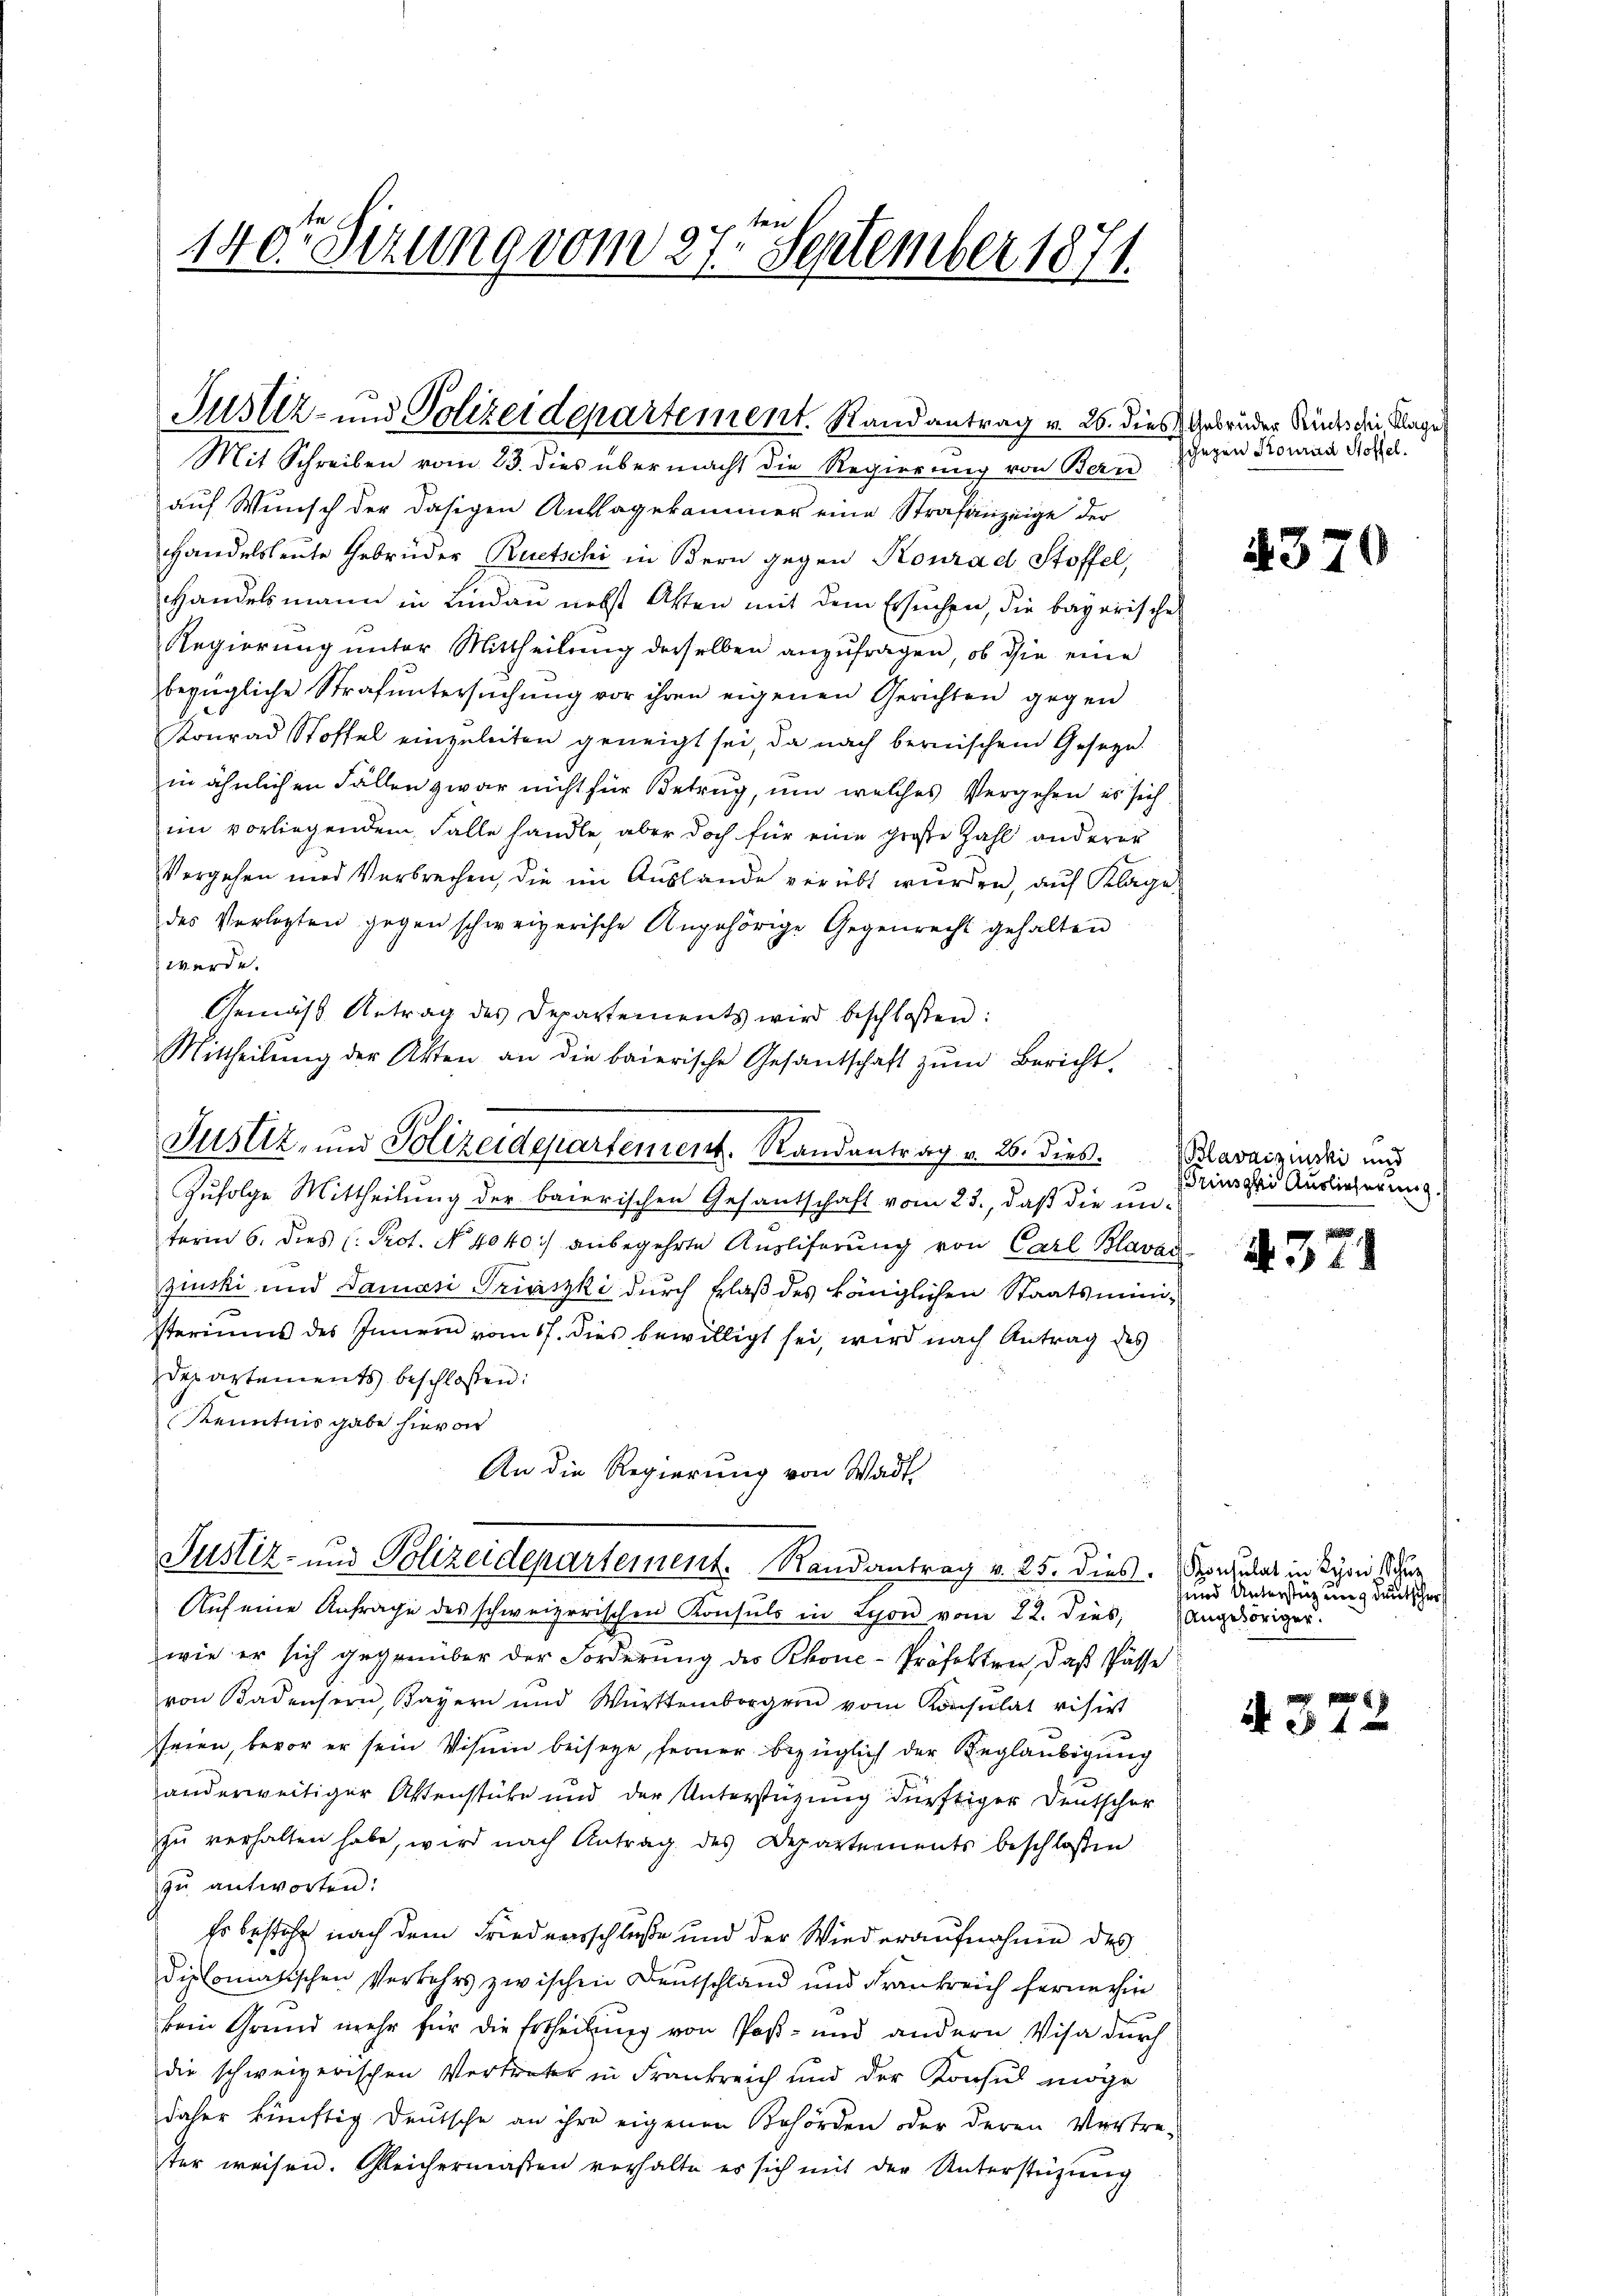
140te Sitzung vom 27ten September 1871.

Justiz- und Polizeidepartement. Randantrag v. 26. dies Gebrüder Rücks der Klage
Mit Schreiben vom 23. dies übermacht die Regierung von Bern

auf Wunsch der dasigen Auflagekommer eine Strafanzeige der
Handelsleute Gebrüder Ruetschi in Bern gegen Konrad Stoffel,
Handelsmann in Lindau nebst Atten mit dem Ersuchen, die bayerische
Regierung unter Mittheilung derselben anzufragen, ob die eine
bezügliche Strafuntersuchung vor ihren eigenen Gerichten gegen
Konrad Stoffel einzuleiten geneigt sei, da nach bernischem Gesetze.
in ähnlichen Fällen zwar nicht für Betrug, und welches Vergehen es sich
im vorliegendem Falle handle, aber doch für eine große Zahl anderer
Vergehen und Verbrechen, die im Auslande verübt wurden, auf Klage
des Verlegten gegen schweizerische Angehörige Gegenrecht gehalten
werde.
Gemäss Antrag des Departements wird beschlossen:
Mittheilŭng der Akten an die baierische Gesandschaft zŭm Bericht.
Justiz, und Polizeidepartement. Randantrag v. 26. dies
Zufolge Mittheilung der baierischen Gesantschaft vom 23., daß die un-
term 6. dies (Prot. No 4040.) anbegehrte Ausliferŭng von Carl Blavar
zinski und Damasi Triszki durch Erlaß des känglichen Staatsministeriums des Innern vom 17. dies bewilligt sei, wird nach Antrag des
departements beschlossen:
Kenntnis gabe hievon
An die Regierung von Wadt

Justiz- und Polizeidepartement. Randantrag v. 25. dies

Auf eine Anfrage des schweizerischen Konsuls in Lyon vom 22. dies,
wie er sich gegenüber der Forderung des Rhone-Präfekten, daß Pässe
von Badensern, Bayern und Württembergern vom Konsulat visirt
seien, bevor er sein Visum beisege, ferner bezüglich der Beglaubigung
anderweitiger Aktenstücke und der Unterstützung dürftiger Deutscher
zu verhalten habe, wird nach Antrag des Departements beschlossen
zŭ antworten:
Er bestehe nach dem Friedensschluße und der Wiederaufnahme des
diplomatischen Verkehrs zwischen Deutschland und Frankreich fernerhin
kein Grund mehr für die Ertheilung von Post- und andern Visa durch
die schweizerischen Vertreter in Frankreich und der Konsul möge
daher künftig Deutsche an ihre eigenen Behörden oder deren Vertre-
ter weisen. Gleichermaßen verhalte es sich mit der Unterstüzung

sgegen Konrad Stoffel.

4370

Blavacziuski und
rinski Auslieferung.

. 371

Konsulat in Lyon Schur
und Unterstützung deutscher
Angehöriger.

4372